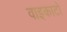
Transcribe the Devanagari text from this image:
वाइकाटो